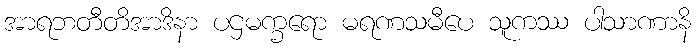
အာရဘတီတိအာဒိနာ ပဌမက္ခရော မရဏသမီပေ သူကဿ ပါသာဏာနိ